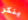
ينكر